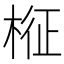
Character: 𣔥